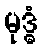
မုဒ္ဓံ